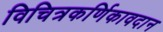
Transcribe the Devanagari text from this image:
विचित्रकर्णिकावदान